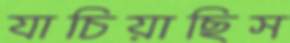
যাচিয়াছিস